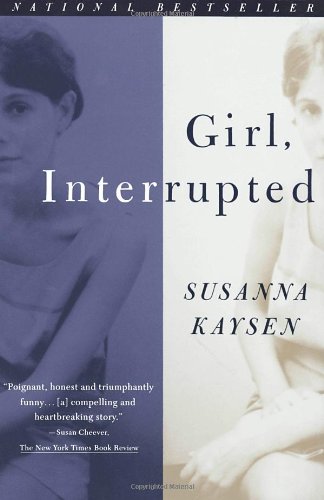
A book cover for Girl, Interrupted; Susanna Kaysen; Biographies & Memoirs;